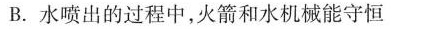
B.水喷出的过程中，火箭和水机械能守恒